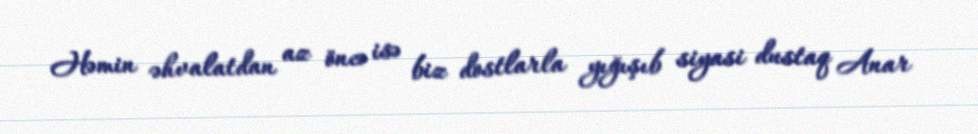
Həmin əhvalatdan az öncə isə biz dostlarla yığışıb siyasi dustaq Anar